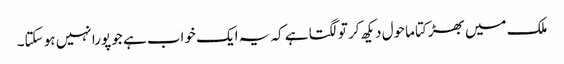
ملک میں بھڑکتا ماحول دیکھ کر تو لگتا ہے کہ یہ ایک خواب ہے جو پورا نہیں ہو سکتا۔